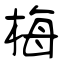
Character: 梅